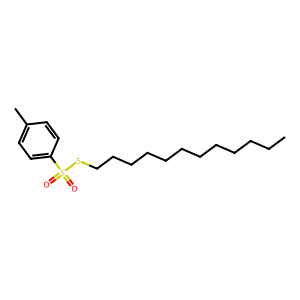
SMILES: CCCCCCCCCCCCSS(=O)(=O)c1ccc(C)cc1
Inhibits HIV replication: No